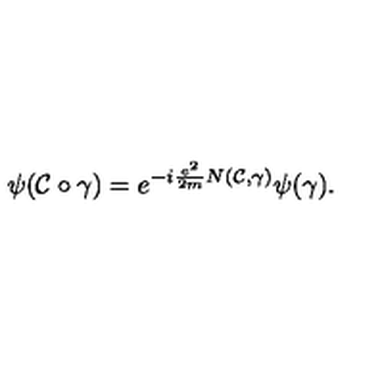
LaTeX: \psi ( { \cal C } \circ \gamma ) = e ^ { - i \frac { e ^ { 2 } } { 2 m } N ( { \cal C } , \gamma ) } \psi ( \gamma ) .